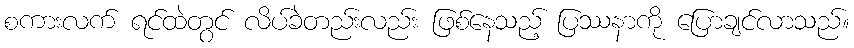
စကားလက် ရင်ထဲတွင် လိပ်ခဲတည်းလည်း ဖြစ်နေသည့် ပြဿနာကို ပြောချင်လာသည်။